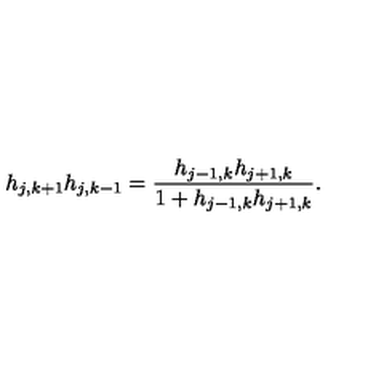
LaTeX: h _ { j , k + 1 } h _ { j , k - 1 } = \frac { h _ { j - 1 , k } h _ { j + 1 , k } } { 1 + h _ { j - 1 , k } h _ { j + 1 , k } } .